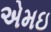
એમઇ